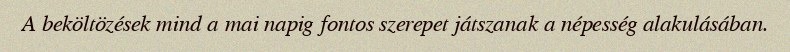
A beköltözések mind a mai napig fontos szerepet játszanak a népesség alakulásában.